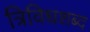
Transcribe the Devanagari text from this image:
त्रिविधशब्द